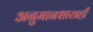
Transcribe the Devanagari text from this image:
अनुमानशास्त्रही